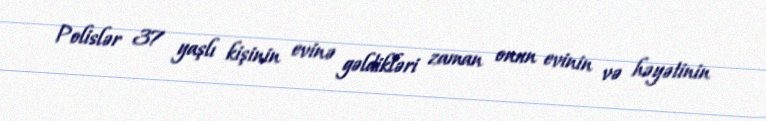
Polislər 37 yaşlı kişinin evinə gəldikləri zaman onun evinin və həyətinin